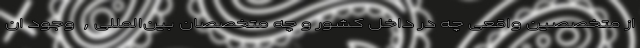
از متخصصین واقعی چه در داخل کشور و چه متخصصان بین‌المللی, وجود ان